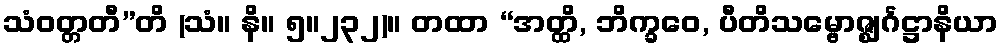
သံဝတ္တတီ”တိ (သံ။ နိ။ ၅။၂၃၂)။ တထာ “အတ္ထိ, ဘိက္ခဝေ, ပီတိသမ္ဗောဇ္ဈင်္ဂဋ္ဌာနိယာ